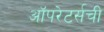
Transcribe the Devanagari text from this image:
ऑपरेटर्सची